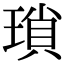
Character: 瑣